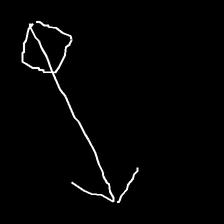
Glyph: focus